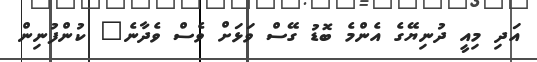
އަދި މިއީ ދުނިޔޭގެ އެންމެ ބޮޑު ގޭސް ވަޅަށް ވެސް ވެދާނެ" ކުންފުނިން